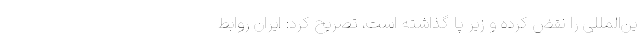
ین‌المللی را نقض کرده و زیر پا گذاشته است، تصریح کرد: ایران روابط